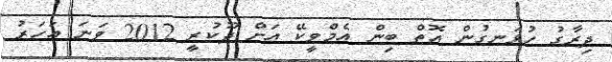
ދިރާގު ހުޅަނގުން އޮތް ބިން އެމްވީކޭ އަށް ދޫކުރީ 2012 ވަނަ އަހަރު